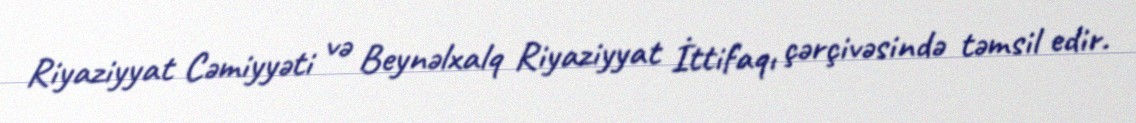
Riyaziyyat Cəmiyyəti və Beynəlxalq Riyaziyyat İttifaqı çərçivəsində təmsil edir.